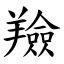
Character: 羷